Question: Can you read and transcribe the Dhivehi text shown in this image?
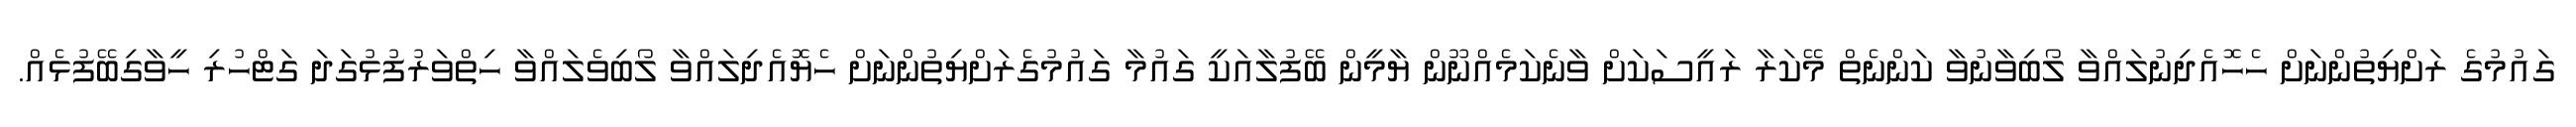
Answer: ގައުމުގެ ރަށްޔިތުންނަށް ހެހޮއެދިނުލައްވާ ލޯބިވާނުވާ ކަންނެތް މޭކަރާ ރައީސަކަށް ވާނެކަމެއްނޫން ޔާމީން ބޭފުލާއަކީ ގައުމާ ގައުމުގެރަށްޔިތުންނަށް ހެޔޮއެދިލައްވާ ލޯބިވެލައްވާ ހިތްވަރުފުޅުގަދަ ގަޓްހުރި ހީވާގިބޭފުޅެއް.